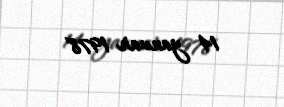
14 yanvar 1978